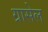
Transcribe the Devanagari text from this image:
ग्रासेल